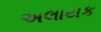
અલાયક